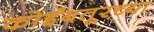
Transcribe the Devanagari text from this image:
कोईंबतूरच्या